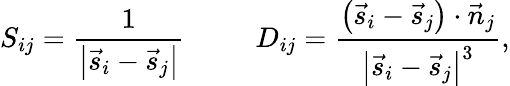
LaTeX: S_{ij}=\frac{1}{\left|\vec{s}_{i}-\vec{s}_{j}\right|}\; \; \; \; \; \; \; \; \; D_{ij}=\frac{\left(\vec{s}_{i}-\vec{s}_{j}\right)\cdot\vec{n}_{j}}{\left|\vec{s}_{i}-\vec{s}_{j}\right|^{3}},